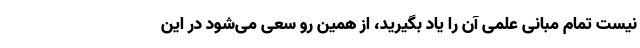
نیست تمام مبانی علمی آن را یاد بگیرید، از همین رو سعی می‌شود در این